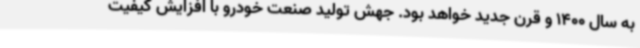
به سال 1400 و قرن جدید خواهد بود. جهش تولید صنعت خودرو با افزایش کیفیت